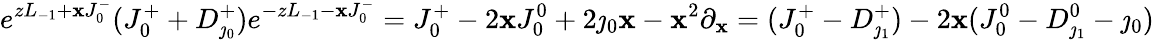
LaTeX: e^{zL_{-1}+\mathbf{x}J_{0}^{-}}(J_{0}^{+}+D_{\jmath_{0}}^{+})e^{-zL_{-1}-\mathbf{x}J_{0}^{-}}=J_{0}^{+}-2\mathbf{x}J_{0}^{0}+2\jmath_{0}\mathbf{x}-\mathbf{x}^{2}\partial_{\mathbf{x}}=(J_{0}^{+}-D_{\jmath_{1}}^{+})-2\mathbf{x}(J_{0}^{0}-D_{\jmath_{1}}^{0}-\jmath_{0})